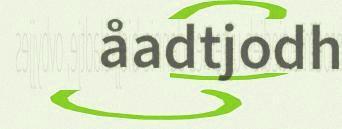
åadtjodh